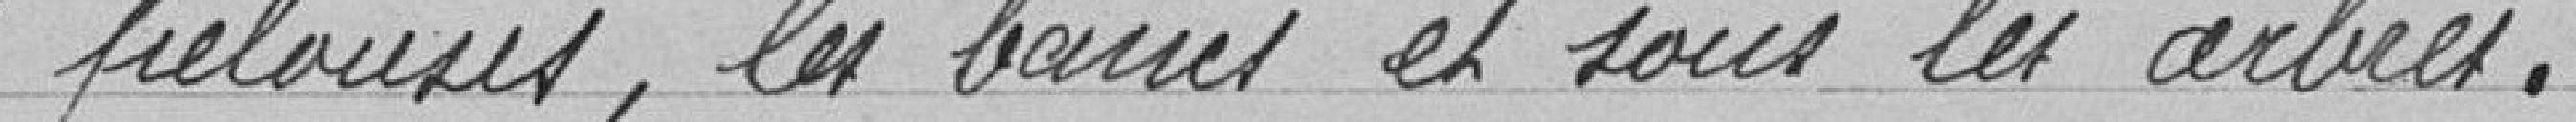
"pelouses, les bancs et sous les arbres.